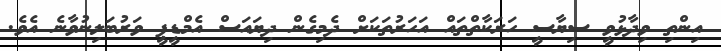
އިންތި ވިދާޅުވީ ސިޔާސީ ހަރަކާތްތައް އަހަރުތަކަށް ދެމިގެން ދިޔައަސް އެމްޑީޕީ ވަރުބަލިނުވާނެ އެވެ.